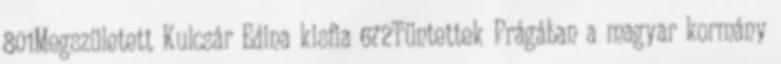
801Megszületett Kulcsár Edina kisfia 672Tüntettek Prágában a magyar kormány